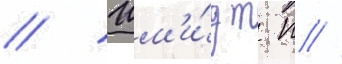
// Шм'и́дт п //